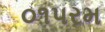
૦૧પરમ